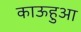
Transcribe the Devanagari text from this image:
काऊहुआ